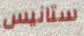
ستانيس